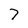
Character: 7